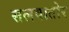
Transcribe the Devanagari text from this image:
सलवातोर